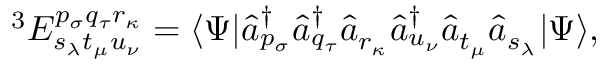
^ 3 E _ { s _ { \lambda } t _ { \mu } u _ { \nu } } ^ { p _ { \sigma } q _ { \tau } r _ { \kappa } } = \langle \Psi | \hat { a } _ { p _ { \sigma } } ^ { \dagger } \hat { a } _ { q _ { \tau } } ^ { \dagger } \hat { a } _ { r _ { \kappa } } \hat { a } _ { u _ { \nu } } ^ { \dagger } \hat { a } _ { t _ { \mu } } \hat { a } _ { s _ { \lambda } } | \Psi \rangle ,